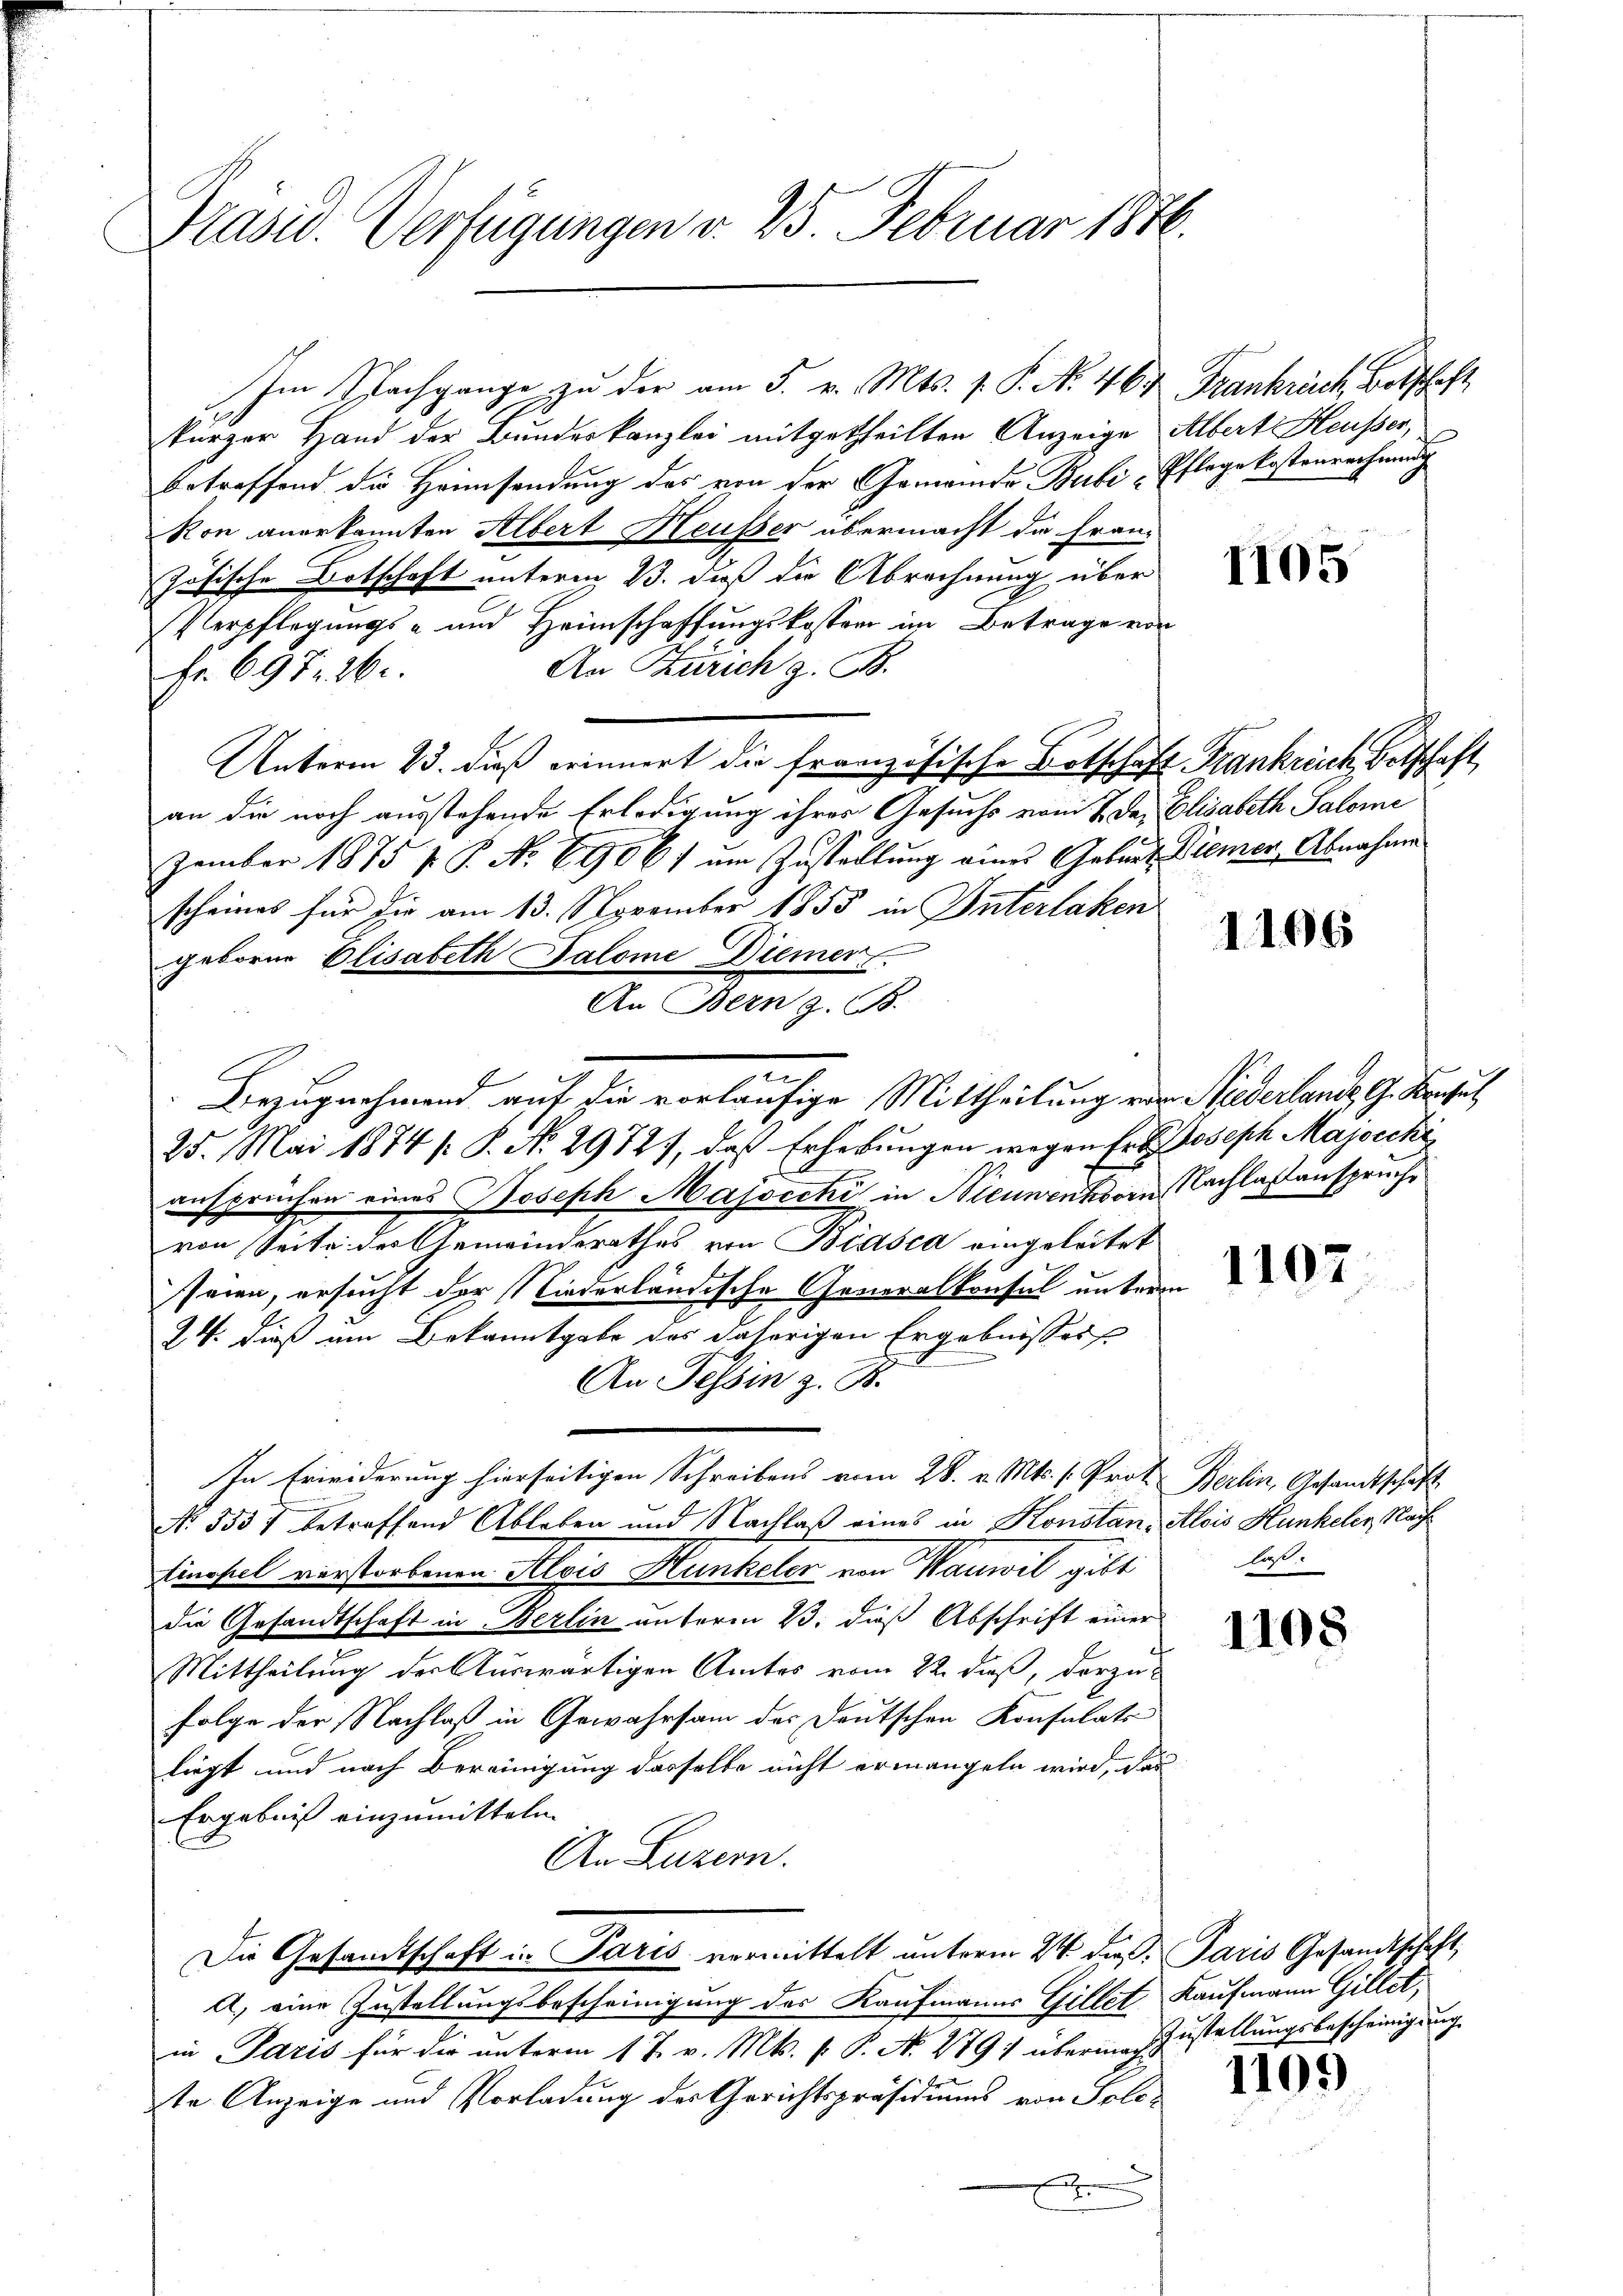
Präsid. Verfügungen v. 25 Februar 1876.

Im Nachgange zu der am 5. v. Mts. v. P. N. 46. Frankrück, Botschaft
kürzer Hand der Bundeskanzlei mitgetheilten Anzeige Albert Heusser,
betreffend die Heimsendung des von der Gemeinde Bubi-Pflegekostenrechnung
kon anerkannten Albert Heusser übermacht die Franz
zösische Botschaft unterm 13. daß die Abrechnung über
Perpflegungs- und Heimschaffungskoster im Betrage von
An Zürich z. B.
Fr. 697. 26.
Unterm 23. dieß erinnert die französische Botschaft Frankreich, Betschaft
an die noch ausstehende Erledigung ihres Gesuchs vom 7. Dez. Elisabeth Salome
zember 1875 p. P. No 6906) am Zustellung eines Geburt Diemen, Abnahme
scheines für die am 13. November 1855 in Interlaken
geboren Elisabeth Salome Diemer
25. Mai 1874 / P. No. 29727, daß Erhebungen wegen Er Joseph Majocchi
ansprüchen eines Joseph Majscchi in Nieunenhorn Nachlaßanspruche
von Seite des Gemeinderathes von Biasca eingeleitet
seien, ersucht der Niederländische Generalkonsul unteren
24. dieß um Bekanntgabe das daherigen Ergebnisses
An Tessin z. B.
In Erwiderung hierseitigen Schreibens vom 28. v. Mts. s. Prof. Berlin, Gesandtschaft
No 3557 betreffend Ableben und Nachlaß eines in Konstanz Alois Hunkelis, Nach¬
Einseil verstorbenen Alois Hunkeler von Mauwil gibt
die Gesandtschaft in Berlin unterm 23. dieß Abschrift einer
Mittheilung der Auswärtigen Amtes vom 22. dieß, derzufolge der Nachlaß in Gewahrsam der Deutschen Konsulats
liegt und nach Bereinigung dasselbe nicht ermangeln wird, das
Ergebnis einzumitteln
An Luzern.
Die Gesandtschaft in Paris vermittelt unterm 24. ds. Paris Gesandtschaft
A.) eine Zustellungsbescheinigung des Kaufmanns Gillet, Kaufmann Gillet,
in Paris für die unterm 17. v. Mts. f. P. N. 279) übermachzustellungsbescheinigung
te Anzeige und Vorladung des Gerichtspräsidiums von Soli¬
E

An Bern z. B.
.
Bezugnehmend auf die vorläufige Mittheilung von Niederlande G. Konsul

1105

1196

1107

laß.

1108

1105)